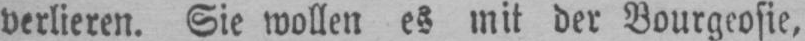
verlieren. Sie wollen es mit der Bourgeosie,